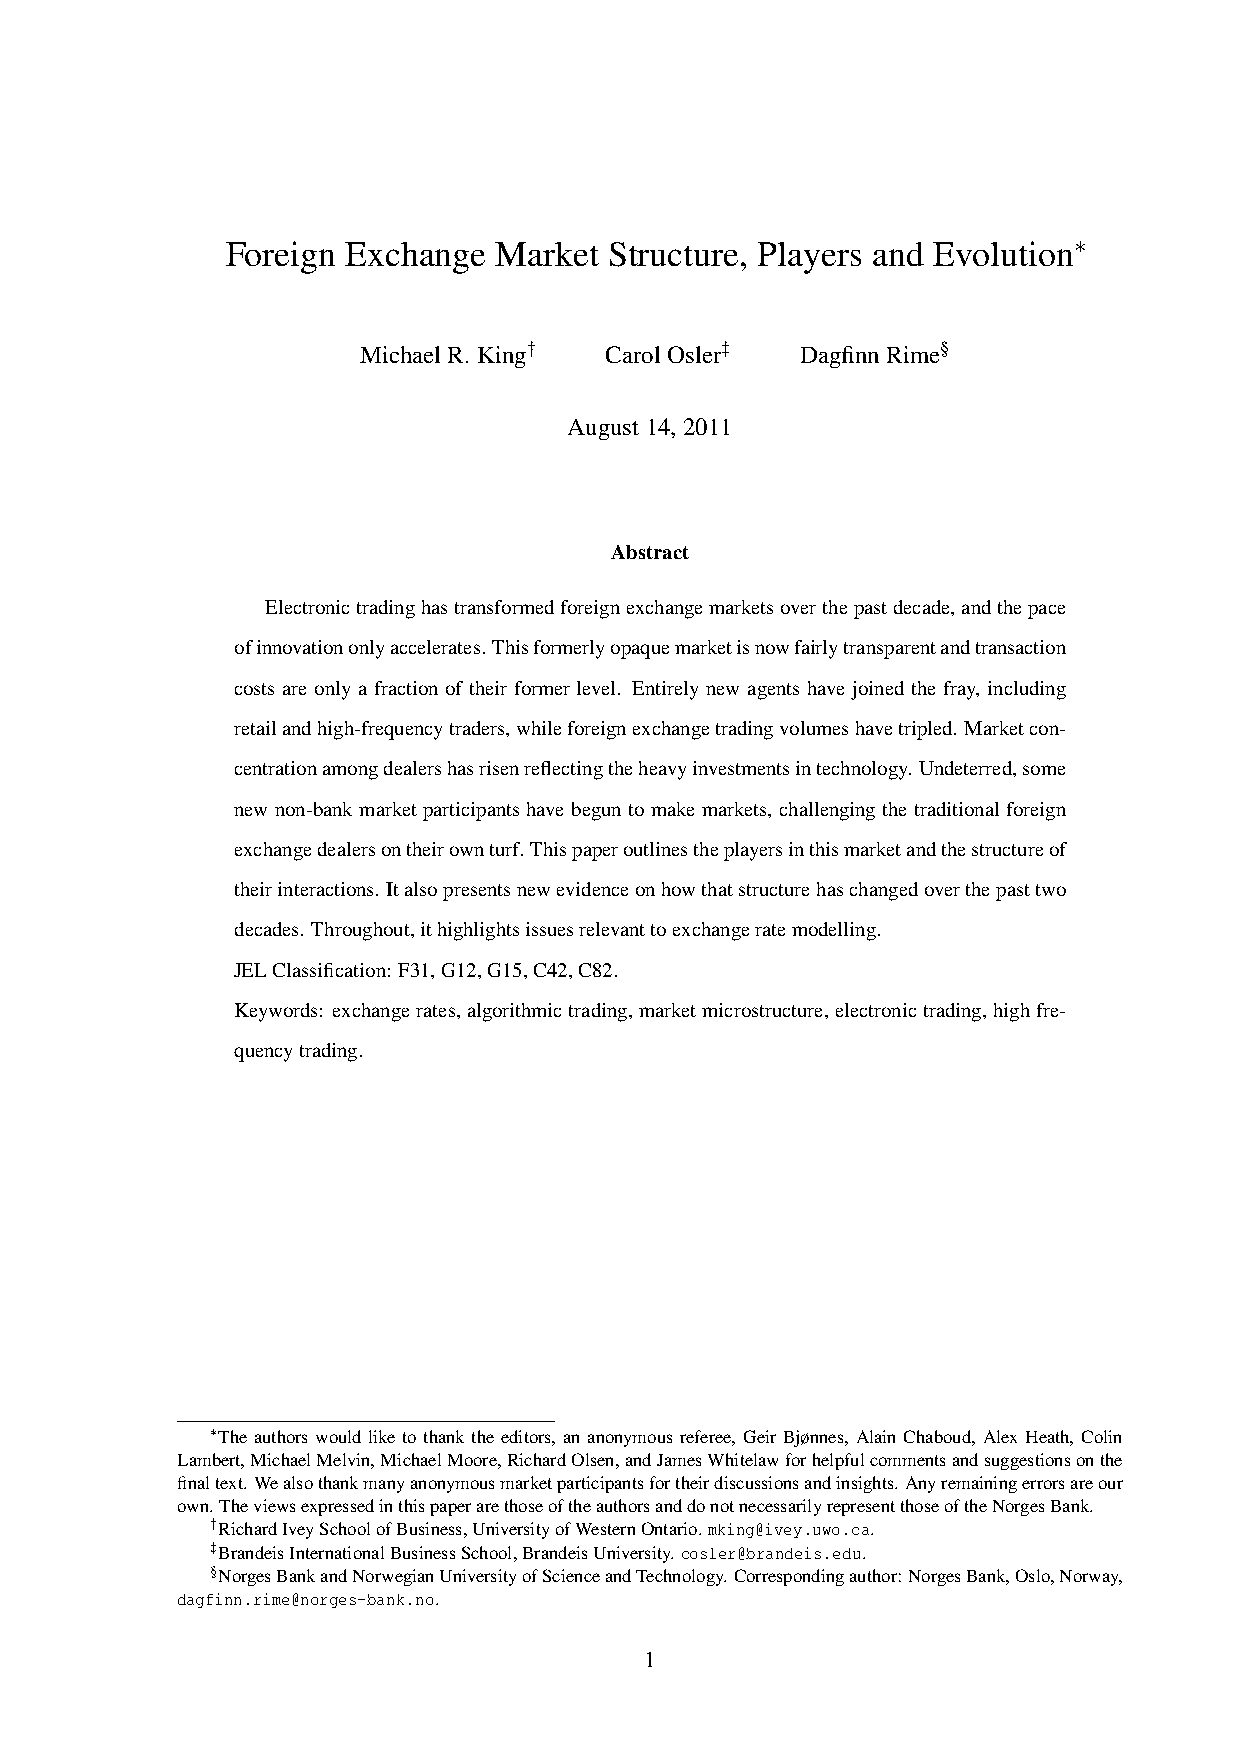
Foreign Exchange  Market Structure, Players and Evolution∗
 MichaelR.King†  CarolOsler‡  DagfinnRime§
 August14,2011
 Abstract
 Electronictradinghastransformedforeignexchangemarketsoverthepastdecade,andthepace
 ofinnovationonlyaccelerates.Thisformerlyopaquemarketisnowfairlytransparentandtransaction
 costs are only a fraction of their former level. Entirely new agents have joined the fray, including
 retailandhigh-frequencytraders,whileforeignexchangetradingvolumeshavetripled. Marketcon-
 centrationamongdealershasrisenreflectingtheheavyinvestmentsintechnology. Undeterred,some
 new non-bank market participants have begun to make markets, challenging the traditional foreign
 exchangedealersontheirownturf. Thispaperoutlinestheplayersinthismarketandthestructureof
 theirinteractions. Italsopresentsnewevidenceonhowthatstructurehaschangedoverthepasttwo
 decades. Throughout,ithighlightsissuesrelevanttoexchangeratemodelling.
 JELClassification: F31,G12,G15,C42,C82.
 Keywords: exchangerates,algorithmictrading,marketmicrostructure,electronictrading,highfre-
 quencytrading.
 ∗The authors would like to thank the editors, an anonymous referee, Geir Bjønnes, Alain Chaboud, Alex Heath, Colin
 Lambert,MichaelMelvin,MichaelMoore,RichardOlsen,andJamesWhitelawforhelpfulcommentsandsuggestionsonthe
 finaltext.Wealsothankmanyanonymousmarketparticipantsfortheirdiscussionsandinsights.Anyremainingerrorsareour
 own.TheviewsexpressedinthispaperarethoseoftheauthorsanddonotnecessarilyrepresentthoseoftheNorgesBank.
 †RichardIveySchoolofBusiness,UniversityofWesternOntario.mking@ivey.uwo.ca.
 ‡BrandeisInternationalBusinessSchool,BrandeisUniversity.cosler@brandeis.edu.
 §NorgesBankandNorwegianUniversityofScienceandTechnology.Correspondingauthor:NorgesBank,Oslo,Norway,
 dagfinn.rime@norges-bank.no.
 1